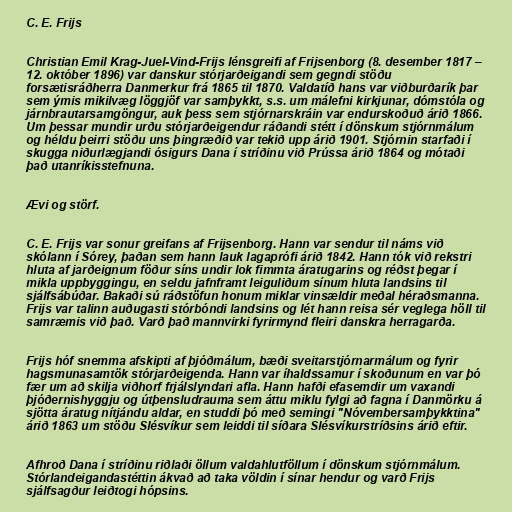
C. E. Frijs

Christian Emil Krag-Juel-Vind-Frijs lénsgreifi af Frijsenborg (8. desember 1817 –
12. október 1896) var danskur stórjarðeigandi sem gegndi stöðu
forsætisráðherra Danmerkur frá 1865 til 1870. Valdatíð hans var viðburðarík þar
sem ýmis mikilvæg löggjöf var samþykkt, s.s. um málefni kirkjunar, dómstóla og
járnbrautarsamgöngur, auk þess sem stjórnarskráin var endurskoðuð árið 1866.
Um þessar mundir urðu stórjarðeigendur ráðandi stétt í dönskum stjórnmálum
og héldu þeirri stöðu uns þingræðið var tekið upp árið 1901. Stjórnin starfaði í
skugga niðurlægjandi ósigurs Dana í stríðinu við Prússa árið 1864 og mótaði
það utanríkisstefnuna.

Ævi og störf.

C. E. Frijs var sonur greifans af Frijsenborg. Hann var sendur til náms við
skólann í Sórey, þaðan sem hann lauk lagaprófi árið 1842. Hann tók við rekstri
hluta af jarðeignum föður síns undir lok fimmta áratugarins og réðst þegar í
mikla uppbyggingu, en seldu jafnframt leiguliðum sínum hluta landsins til
sjálfsábúðar. Bakaði sú ráðstöfun honum miklar vinsældir meðal héraðsmanna.
Frijs var talinn auðugasti stórbóndi landsins og lét hann reisa sér veglega höll til
samræmis við það. Varð það mannvirki fyrirmynd fleiri danskra herragarða.

Frijs hóf snemma afskipti af þjóðmálum, bæði sveitarstjórnarmálum og fyrir
hagsmunasamtök stórjarðeigenda. Hann var íhaldssamur í skoðunum en var þó
fær um að skilja viðhorf frjálslyndari afla. Hann hafði efasemdir um vaxandi
þjóðernishyggju og útþensludrauma sem áttu miklu fylgi að fagna í Danmörku á
sjötta áratug nítjándu aldar, en studdi þó með semingi "Nóvembersamþykktina"
árið 1863 um stöðu Slésvíkur sem leiddi til síðara Slésvíkurstríðsins árið eftir.

Afhroð Dana í stríðinu riðlaði öllum valdahlutföllum í dönskum stjórnmálum.
Stórlandeigandastéttin ákvað að taka völdin í sínar hendur og varð Frijs
sjálfsagður leiðtogi hópsins.